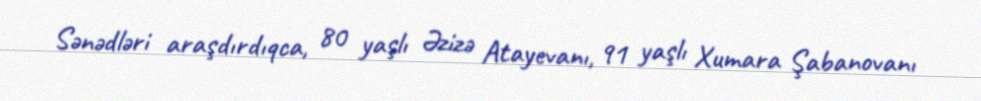
Sənədləri araşdırdıqca, 80 yaşlı Əzizə Atayevanı, 91 yaşlı Xumara Şabanovanı